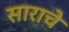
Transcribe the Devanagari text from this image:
साराचे